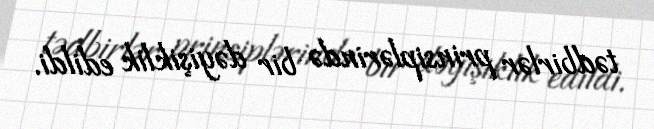
tədbirlər prinsiplərində bir dəyişiklik edildi.